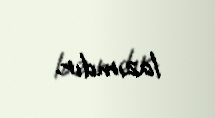
lazımdır.